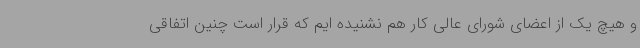
و هیچ یک از اعضای شورای عالی کار هم نشنیده ایم که قرار است چنین اتفاقی